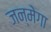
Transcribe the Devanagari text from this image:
जन्मेगा